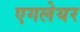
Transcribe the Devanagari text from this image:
एगलेयर